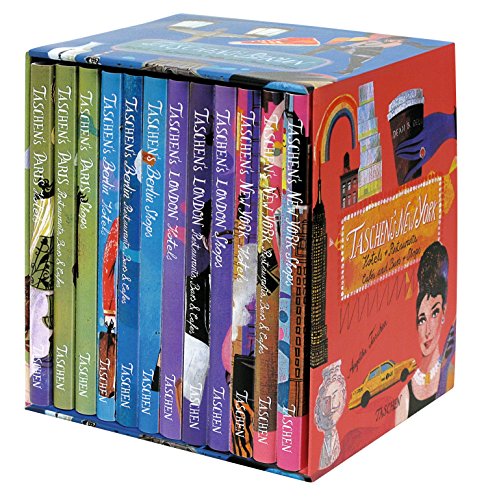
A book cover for TASCHEN 4 Cities: 12 Vol. in Box; Travel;